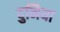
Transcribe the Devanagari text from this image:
दुनिया